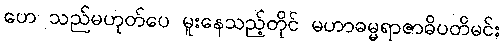
ဟေ သည်မဟုတ်ပေ မူးနေသည့်တိုင် မဟာဓမ္မရာဇာဓိပတိမင်း